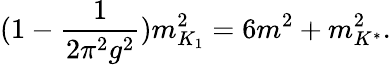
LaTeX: (1-{\frac{1}{2\pi^{2}g^{2}}})m_{K_{1}}^{2}=6m^{2}+m_{K^{*}}^{2}.